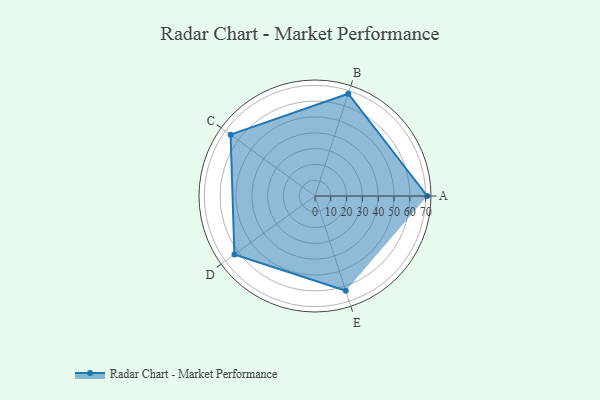
{"axis": {"x": "Skill", "y": "Score"}, "legend": ["Profile"], "data": [{"x": "A", "y": 71.0, "type": "Profile"}, {"x": "B", "y": 68.0, "type": "Profile"}, {"x": "C", "y": 66.0, "type": "Profile"}, {"x": "D", "y": 63.0, "type": "Profile"}, {"x": "E", "y": 63.0, "type": "Profile"}]}